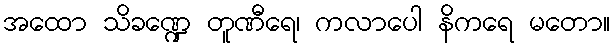
အထော သိခဏ္ဍေ တူဏီရေ၊ ကလာပေါ နိကရေ မတော။